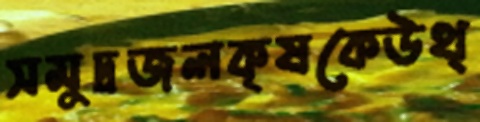
সমুদ্রজলকৃষকেউথ্